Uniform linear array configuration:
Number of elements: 48
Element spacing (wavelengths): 0.75
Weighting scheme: binomial
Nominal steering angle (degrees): -45
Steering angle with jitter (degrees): -45.409
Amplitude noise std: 0.05
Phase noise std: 0.05

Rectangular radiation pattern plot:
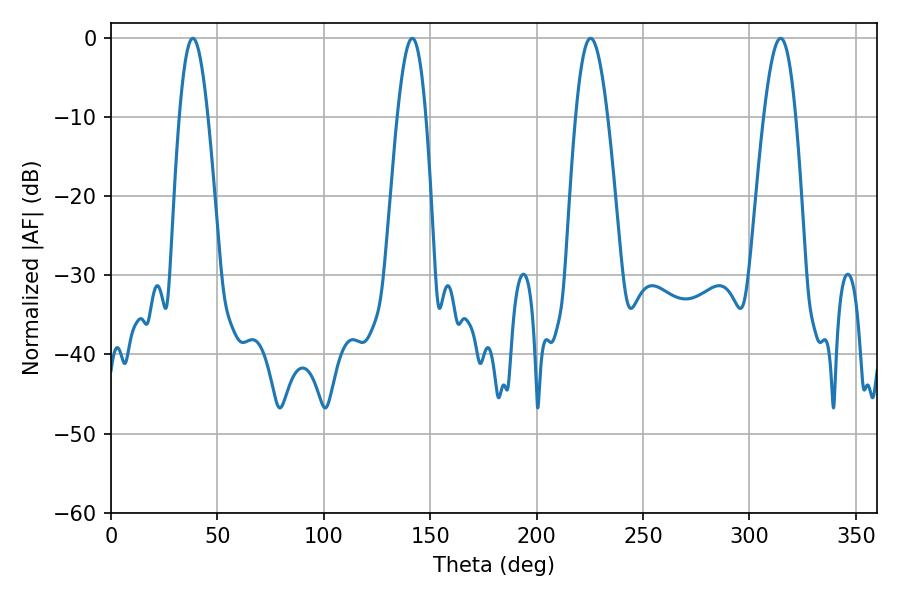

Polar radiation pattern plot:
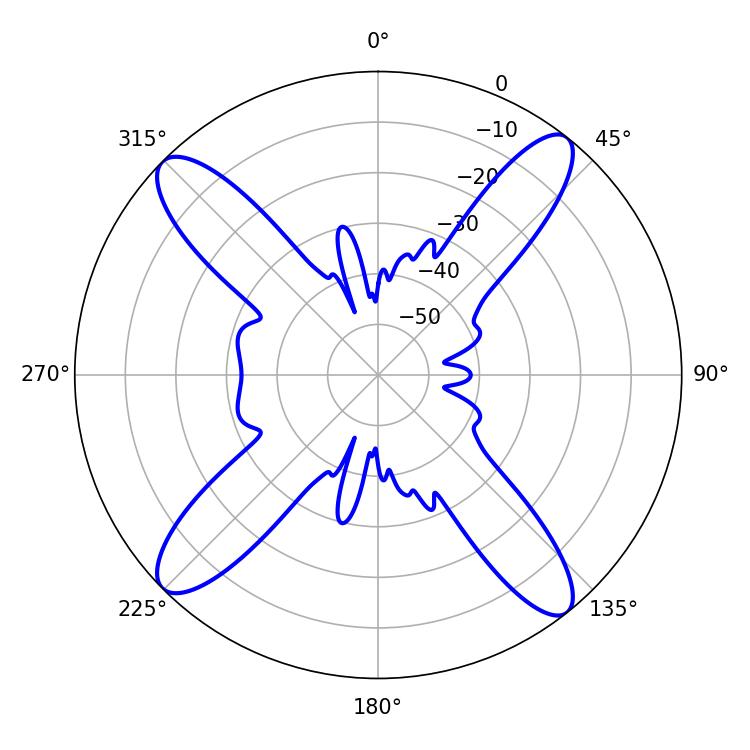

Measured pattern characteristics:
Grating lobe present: TRUE
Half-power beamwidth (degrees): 8.1
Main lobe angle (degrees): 225.36